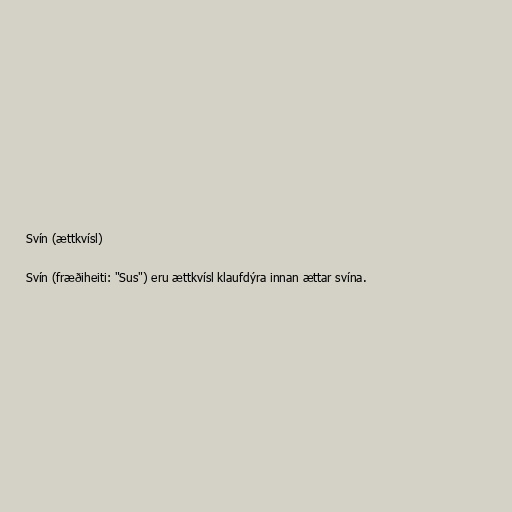
Svín (ættkvísl)

Svín (fræðiheiti: "Sus") eru ættkvísl klaufdýra innan ættar svína.